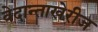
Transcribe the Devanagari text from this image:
वेदान्ताखेरीज